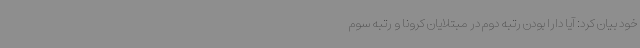
خود بیان کرد: آیا دارا بودن رتبه دوم در مبتلایان کرونا و رتبه سوم